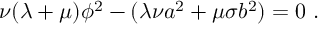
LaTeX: \nu ( \lambda + \mu ) \phi ^ { 2 } - ( \lambda \nu a ^ { 2 } + \mu \sigma b ^ { 2 } ) = 0 ~ .